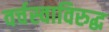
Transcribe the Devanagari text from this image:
वर्चस्वाविरुद्ध